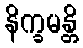
နိက္ခမန္တိ